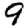
Digit: 9